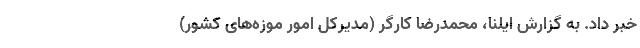
خبر داد. به گزارش ایلنا، محمدرضا کارگر (مدیرکل امور موزه‌های کشور)